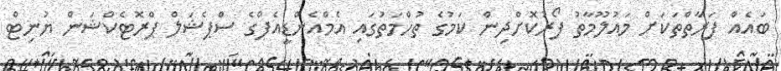
ބައެއް ފަރާތްތަކަށް މައުލޫމާތު ފޯރުކޮށްދިން ކަމުގެ ތުހްމަތުގައި އެމްއެންޑީއެފްގެ ސްޕެޝަލް ޕްރޮޓެކްޝަން ޔުނިޓް